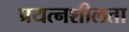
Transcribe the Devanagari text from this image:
प्रयत्नशीलता